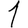
Digit: 1